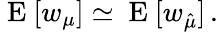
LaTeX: \mathrm{~E~}[w_{\mu}]\simeq\mathrm{~E~}[w_{\hat{\mu}}]\, .